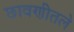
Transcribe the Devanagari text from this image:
छावणीतले